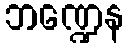
ဘဏ္ဍေန